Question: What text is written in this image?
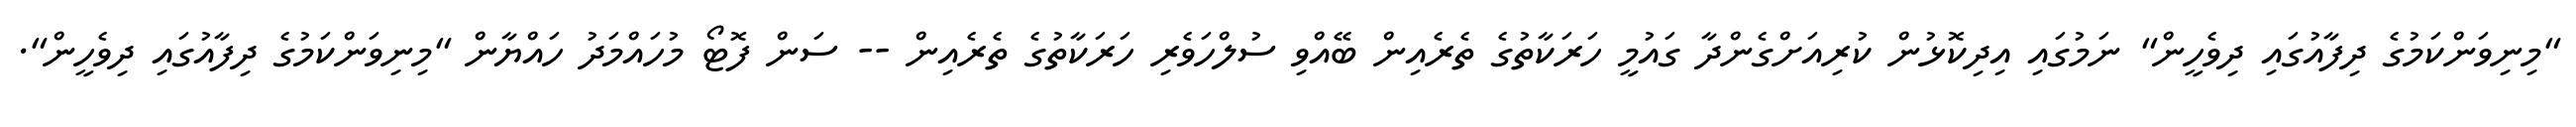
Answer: "މިނިވަންކަމުގެ ދިފާއުގައި ދިވެހީން" ނަމުގައި އިދިކޮޅުން ކުރިއަށްގެންދާ ގައުމީ ހަރަކާތުގެ ތެރެއިން ބޭއްވި ސުލްހަވެރި ހަރަކާތުގެ ތެރެއިން -- ސަން ފޮޓޯ މުހައްމަދު ހައްޔާން "މިނިވަންކަމުގެ ދިފާއުގައި ދިވެހީން".